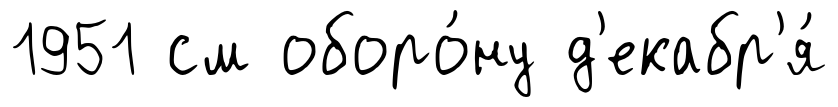
1951 см оборо́ну д'екабр'я́